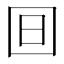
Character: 𣅍